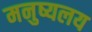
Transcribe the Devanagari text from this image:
मनुष्यलय